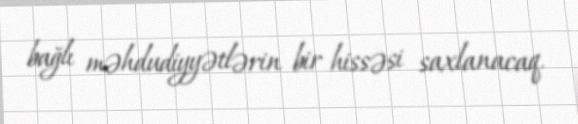
bağlı məhdudiyyətlərin bir hissəsi saxlanacaq.